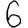
Digit: 6